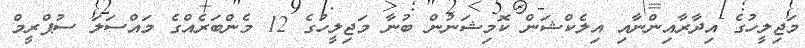
މަޖިލީހުގެ އިދާރާއިންނާއި އިލެކްޝަން ކޮމިޝަނުން ބުނާ މަޖިލީހުގެ 12 މެންބަރެއްގެ މައްސަލަ ސުޕްރީމް